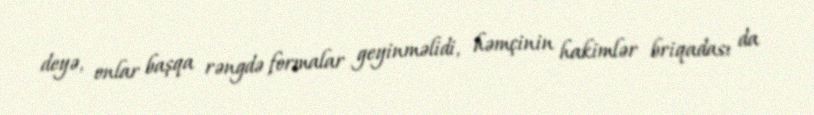
deyə, onlar başqa rəngdə formalar geyinməlidi, həmçinin hakimlər briqadası da